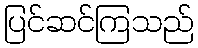
ပြင်ဆင်ကြသည်